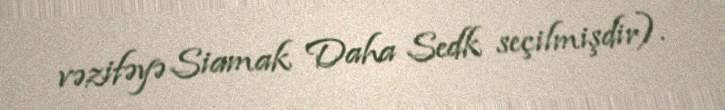
vəzifəyə Siamak Daha Sedk seçilmişdir).